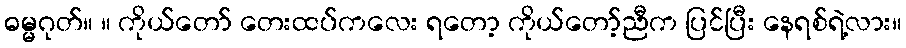
ဓမ္မဂုတ်။ ။ ကိုယ်တော် တေးထပ်ကလေး ရတော့ ကိုယ်တော့်ညီက ပြင်ပြီး နေရစ်ရဲ့လား။